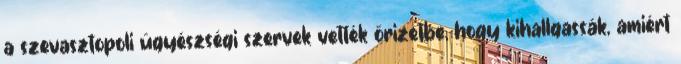
a szevasztopoli ügyészségi szervek vették őrizetbe, hogy kihallgassák, amiért